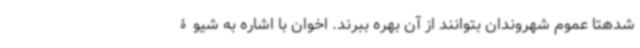
شدهتا عموم شهروندان بتوانند از آن بهره ببرند. اخوان با اشاره به شیوۀ